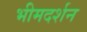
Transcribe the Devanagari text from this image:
भीमदर्शन